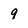
Character: 9